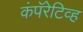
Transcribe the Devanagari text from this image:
कंपॅरेटिव्ह